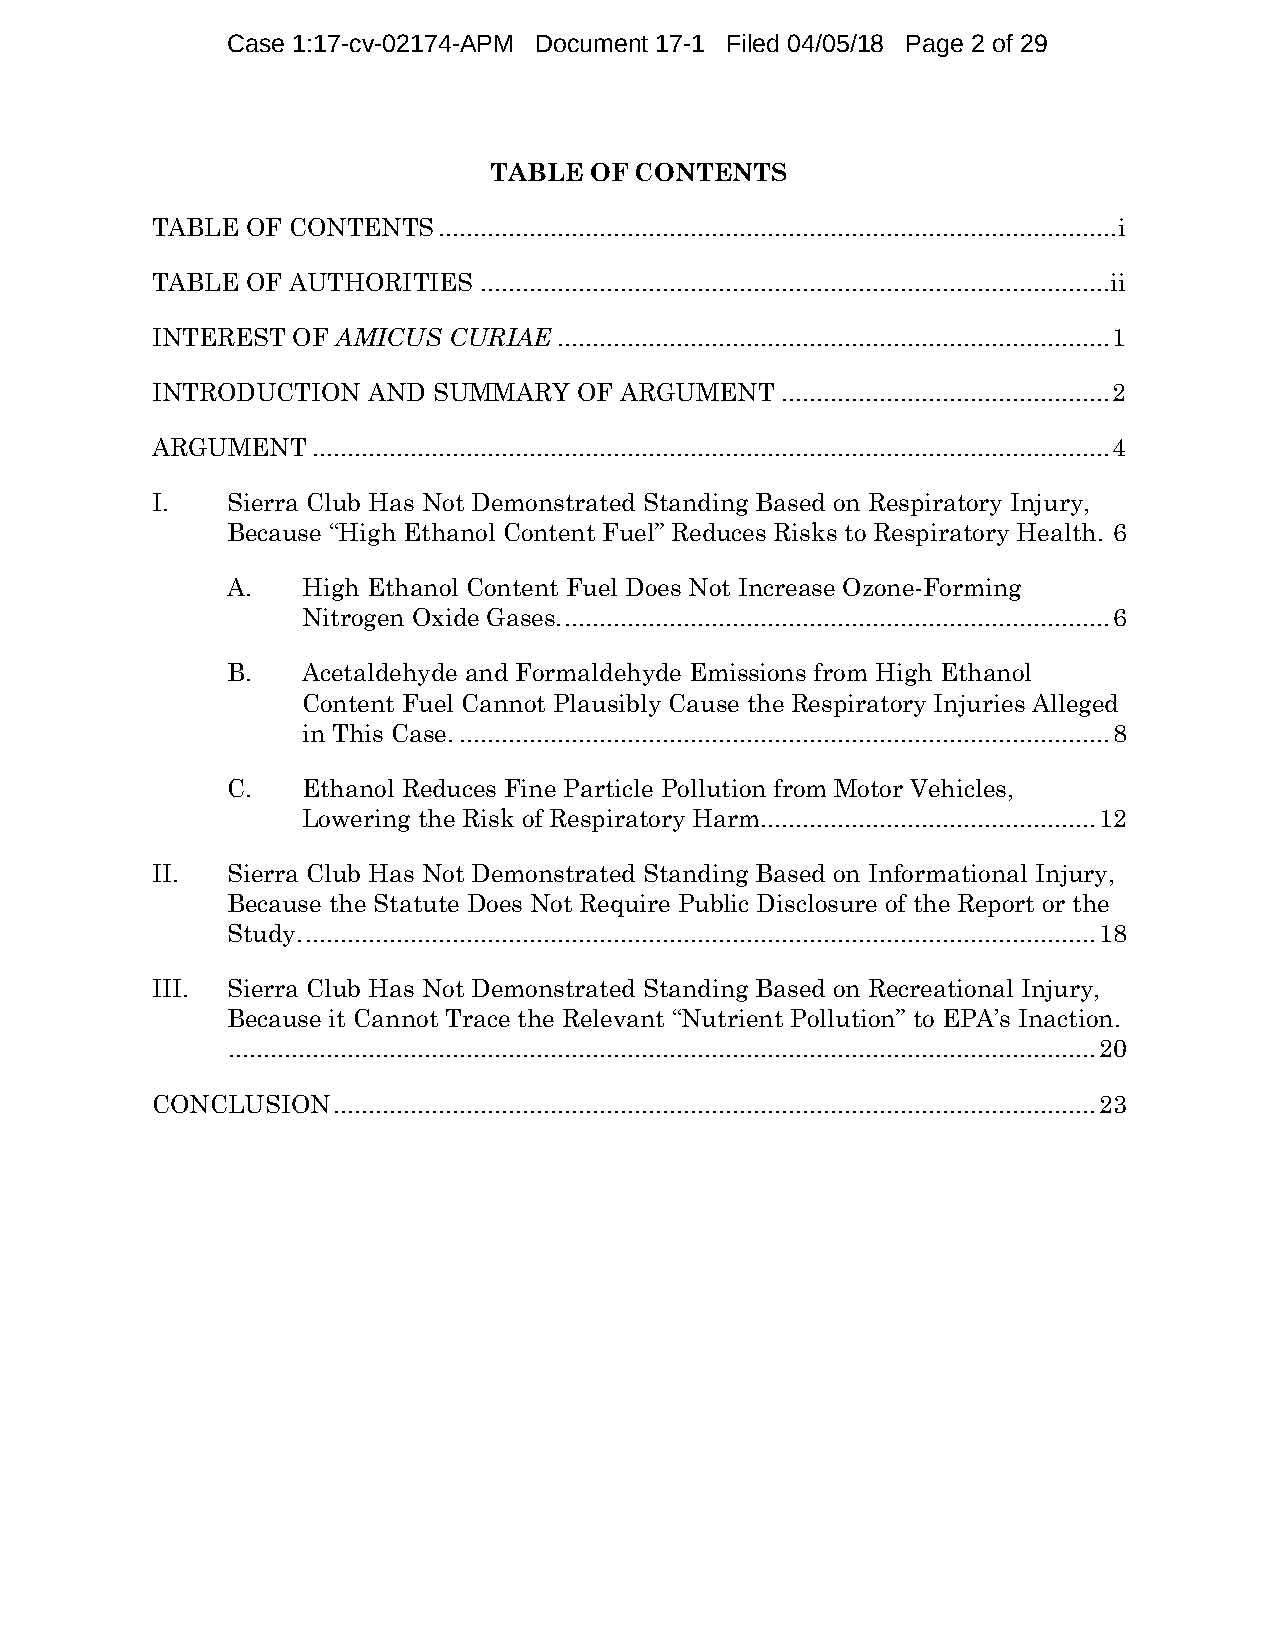
Case 1:17-cv-02174-APM Document 17-1 Filed 04/05/18 Page 2 of 29
 TABLE  OF CONTENTS
 TABLE OF CONTENTS  ................................................................................................. i
 TABLE OF AUTHORITIES  .......................................................................................... ii
 INTEREST OF AMICUS  CURIAE ............................................................................... 1
 INTRODUCTION  AND  SUMMARY  OF ARGUMENT   ............................................... 2
 ARGUMENT   .................................................................................................................. 4
 I.   Sierra Club Has Not Demonstrated Standing Based on Respiratory Injury,
 Because “High Ethanol Content Fuel” Reduces Risks to Respiratory Health. 6
 A.   High Ethanol Content Fuel Does Not Increase Ozone-Forming
 Nitrogen Oxide Gases. .............................................................................. 6
 B.   Acetaldehyde and Formaldehyde Emissions from High Ethanol
 Content Fuel Cannot Plausibly Cause the Respiratory Injuries Alleged
 in This Case. ............................................................................................. 8
 C.   Ethanol Reduces Fine Particle Pollution from Motor Vehicles,
 Lowering the Risk of Respiratory Harm................................................ 12
 II.  Sierra Club Has Not Demonstrated Standing Based on Informational Injury,
 Because the Statute Does Not Require Public Disclosure of the Report or the
 Study. ................................................................................................................. 18
 III. Sierra Club Has Not Demonstrated Standing Based on Recreational Injury,
 Because it Cannot Trace the Relevant “Nutrient Pollution” to EPA’s Inaction.
 ............................................................................................................................ 20
 CONCLUSION  ............................................................................................................. 23